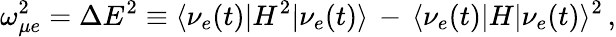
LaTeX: \omega_{\mu e}^{2}=\Delta E^{2}\equiv\langle\nu_{e}(t)|H^{2}|\nu_{e}(t)\rangle\, -\, \langle\nu_{e}(t)|H|\nu_{e}(t)\rangle^{2}\, ,